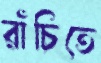
রাঁচিতে